Leaving Certificate Examination (including Day School Certificate (Higher) General paper), 1931
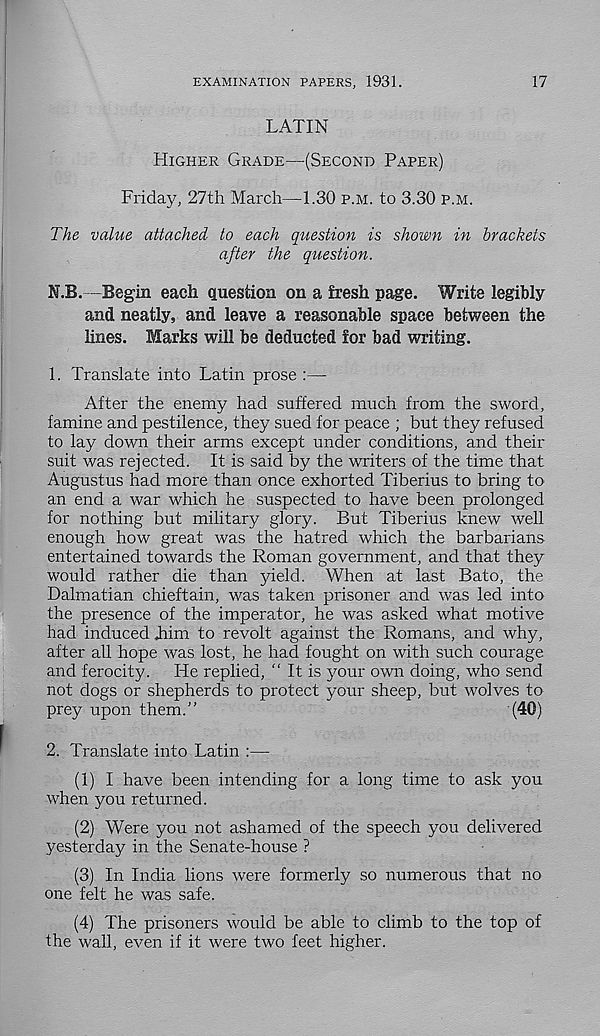
EXAMINATION PAPERS, 1931.
17
LATIN
HIGHER GRADE—(SECOND PAPER)
Friday, 27th March—1.30 P.M. to 3.30 P.M.
The value attached to each question is shown in brackets
after the question.
N.B.—Begin each question on a fresh page. Write legibly
and neatly, and leave a reasonable space between the
lines. Marks will be deducted for bad writing.
1. Translate into Latin prose :—
After the enemy had suffered much from the sword,
famine and pestilence, they sued for peace ; but they refused
to lay down their arms except under conditions, and their
suit was rejected. It is said by the writers of the time that
Augustus had more than once exhorted Tiberius to bring to
an end a war which he suspected to have been prolonged
for nothing but military glory. But Tiberius knew well
enough how great was the hatred which the barbarians
entertained towards the Roman government, and that they
would rather die than yield. When at last Bato, the
Dalmatian chieftain, was taken prisoner and was led into
the presence of the imperator, he was asked what motive
had induced Jiim to revolt against the Romans, and why,
after all hope was lost, he had fought on with such courage
and ferocity. He replied, “ It is your own doing, who send
not dogs or shepherds to protect your sheep, but wolves to
prey upon them.”
(40)
2. Translate into Latin :—
(1) I have been intending for a long time to ask you
when you returned.
(2) Were you not ashamed of the speech you delivered
yesterday in the Senate-house ?
(3) In India lions were formerly so numerous that no
one felt he was safe.
(4) The prisoners would be able to climb to the top of
the wall, even if it were two feet higher.